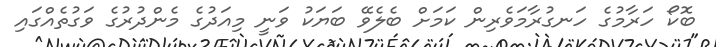
ބޮކޯ ހަރާމުގެ ހަނގުރާމަވެރިން ކަމަށް ބެލެވޭ ބަޔަކު ވަނީ މިއަދުގެ މެންދުރުގެ ވަގުތެއްގައި